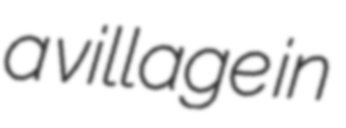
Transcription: a village in